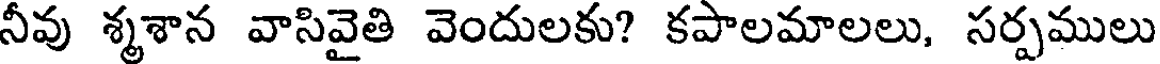
నీవు శ్మశాన వాసివైతి వెందులకు? కపాలమాలలు, సర్పములు